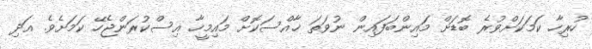
ހުރިހާ ކަމަކަށްވުރެ ބޮޑަށް މައިންބަފައިން ނުވަތަ ޚާއްސަކޮށް މައިމީހާ އިސްކުރަންޖެހޭ ކަމަށެވެ. އަދި